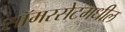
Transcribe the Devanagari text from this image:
सॉमरसेटमधील